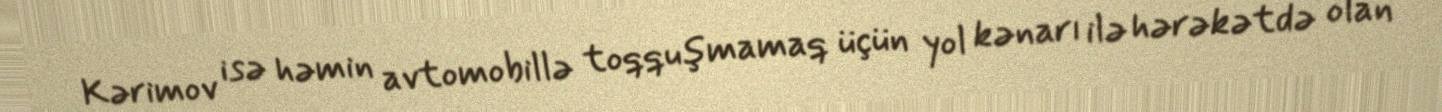
Kərimov isə həmin avtomobillə toqquşmamaq üçün yol kənarı ilə hərəkətdə olan